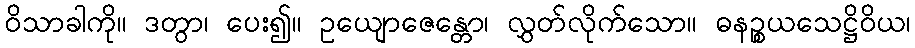
ဝိသာခါကို။ ဒတွာ၊ ပေး၍။ ဥယျောဇေန္တော၊ လွှတ်လိုက်သော။ ဓနဉ္စယသေဋ္ဌိဝိယ၊